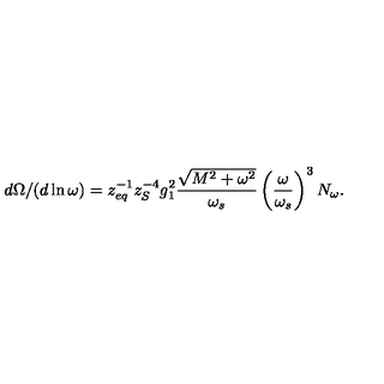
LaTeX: d \Omega / ( d \ln \omega ) = z _ { e q } ^ { - 1 } z _ { S } ^ { - 4 } g _ { 1 } ^ { 2 } \frac { \sqrt { M ^ { 2 } + \omega ^ { 2 } } } { \omega _ { s } } \left( \frac { \omega } { \omega _ { s } } \right) ^ { 3 } N _ { \omega } .